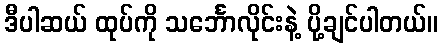
ဒီပါဆယ် ထုပ်ကို သင်္ဘောလိုင်းနဲ့ ပို့ချင်ပါတယ်။